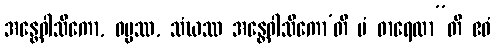
အန္တေဝါသိကော, ဓမ္မဿ, သံဃဿ အန္တေဝါသိကော’တိ မံ ဓာရေထာ”တိ ဧဝံ